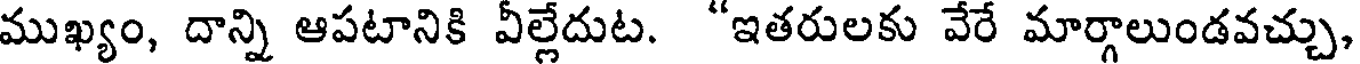
ముఖ్యం, దాన్ని ఆపటానికి వీల్లేదుట. "ఇతరులకు వేరే మార్గాలుండవచ్చు,